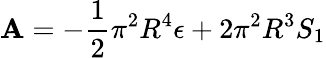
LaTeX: \mathbf{A}=-\frac{{1}}{{2}}\pi^{2}R^{4}\epsilon+2\pi^{2}R^{3}S_{1}